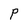
Character: P